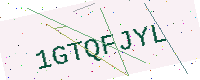
Text: 1GTQFJYL